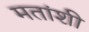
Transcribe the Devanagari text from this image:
मतांशी